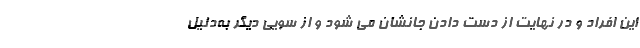
این افراد و در نهایت از دست دادن جانشان می شود و از سویی دیگر به‌دلیل